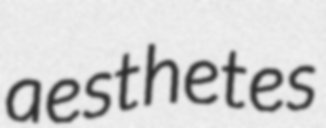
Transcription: aesthetes